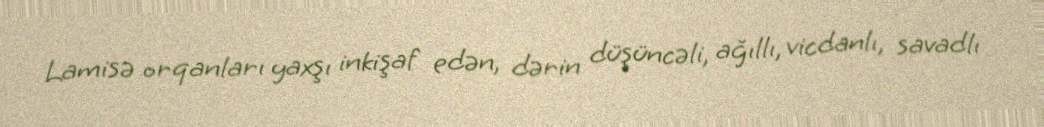
Lamisə orqanları yaxşı inkişaf edən, dərin düşüncəli, ağıllı, vicdanlı, savadlı